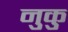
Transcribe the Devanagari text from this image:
नुकु